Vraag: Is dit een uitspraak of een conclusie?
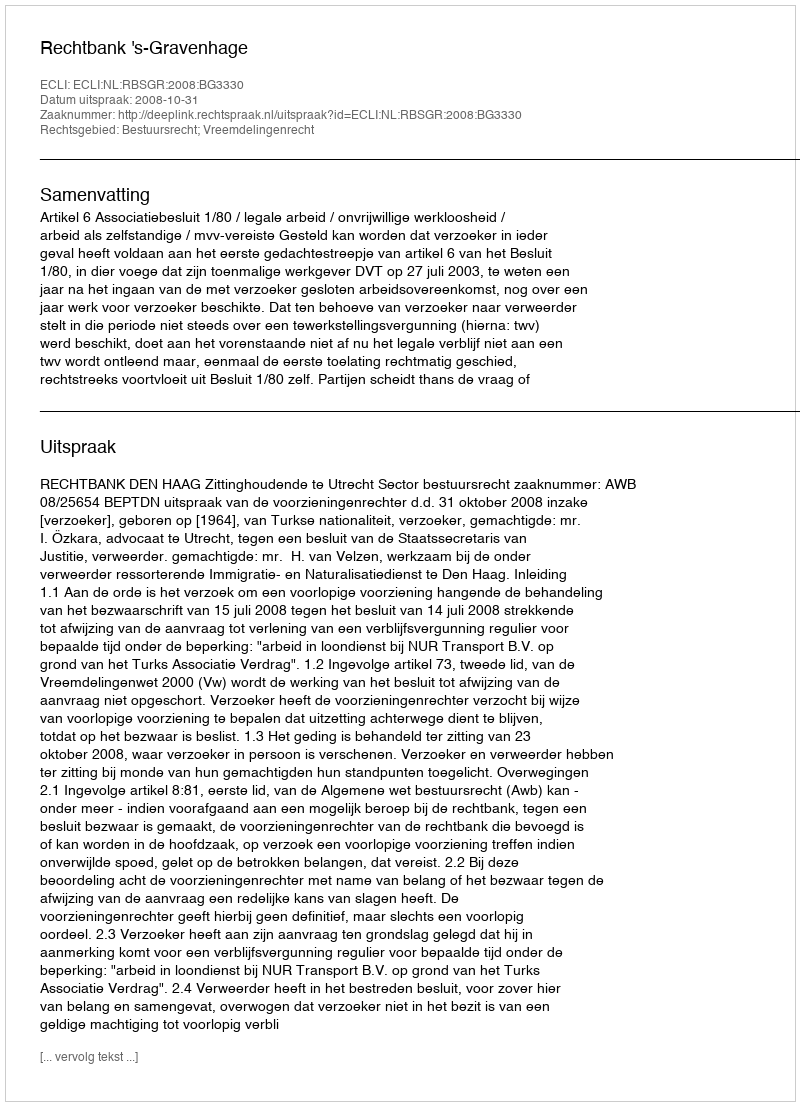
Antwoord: Uitspraak